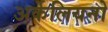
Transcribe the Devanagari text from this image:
अर्केलियनो